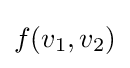
f({{v}_{1}},{{v}_{2}})